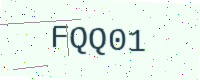
Text: FQQ01